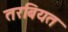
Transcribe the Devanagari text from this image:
तरबियत